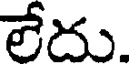
లేదు.